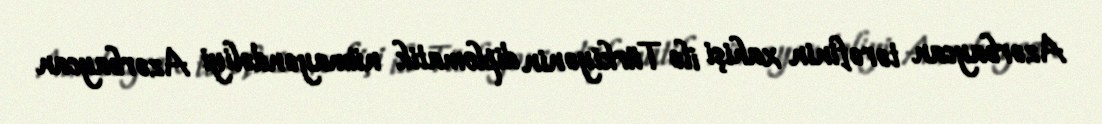
Azərbaycan tərəfinin xahişi ilə Türkiyənin diplomatik nümayəndəliyi Azərbaycan